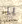
يا